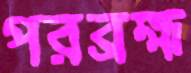
পরব্রহ্ম